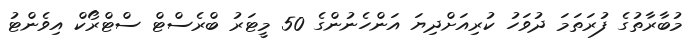
މުބާރާތުގެ ފުރަތަމަ ދުވަހު ކުރިއަށްދިޔަ އަންހެނުންގެ 50 މީޓަރު ބްރެސްޓް ސްޓްރޯކް އިވެންޓު